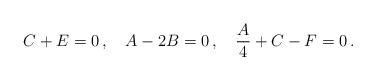
LaTeX: \begin{align*}C+E=0\,,\quad A-2B=0\,,\quad \frac{A}{4}+C-F=0\,.\end{align*}